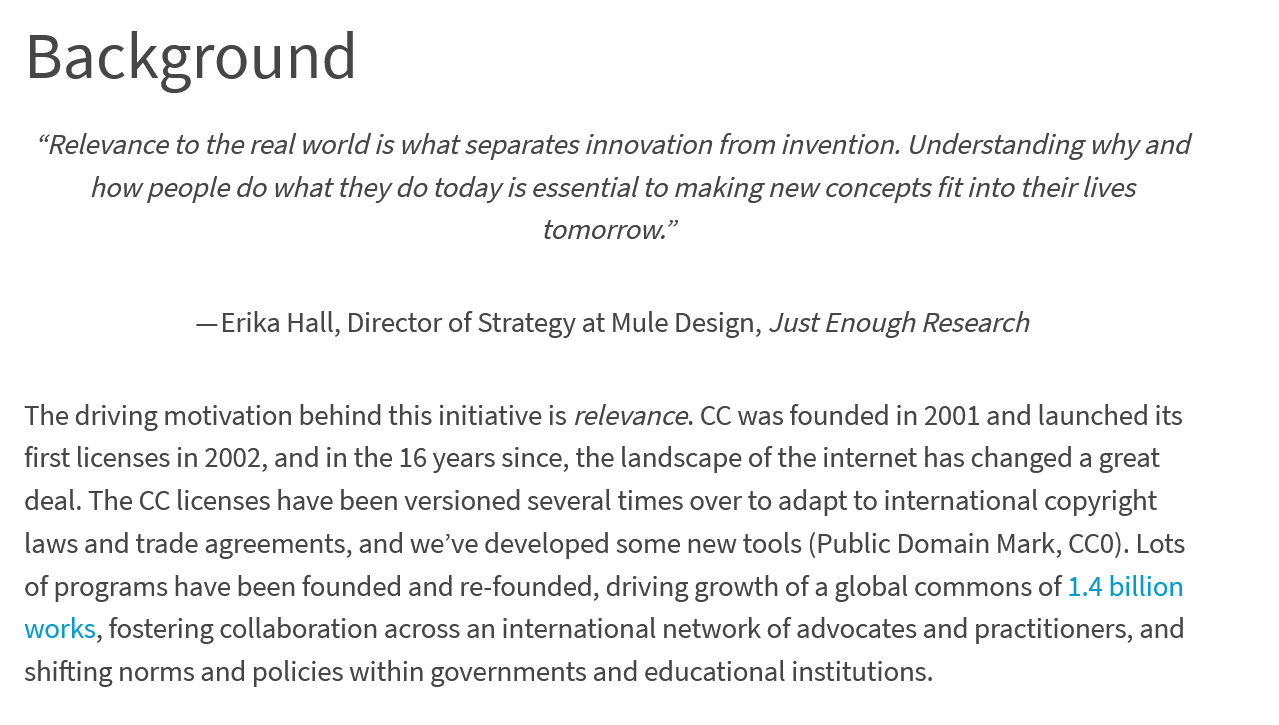
Background
    “Relevance to the real world is what separates innovation from invention. Understanding why and
     how  people do what they do today is essential to making new concepts fit into their lives
     tomorrow.”
     —Erika Hall, Director of Strategy at Mule Design, Just Enough Research
  The driving motivation behind this initiative is relevance. CC was founded in 2001 and launched its
  first licenses in 2002, and in the 16 years since, the landscape of the internet has changed a great
  deal. The CC licenses have been versioned several times over to adapt to international copyright
  laws and trade agreements, and we’ve developed some new tools (Public Domain Mark, CCO). Lots
  of programs have been founded and re-founded, driving growth of a global commons of 1.4 billion
  works, fostering collaboration across an international network of advocates and practitioners, and
  shifting norms and policies within governments and educational institutions.